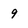
Character: 9